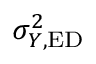
{ \sigma _ { Y , \mathrm { E D } } ^ { 2 } }